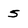
Character: 5